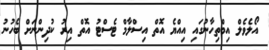
އޯލެވެލް އިމްތިހާނުގައި އިއްޔެ އޮތް އިސްލާމް ޓެސްޓު އޮތް އިރު ކުދިންނަށް ބެހުނު